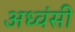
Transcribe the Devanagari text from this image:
अध्वंसी